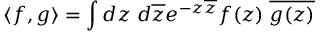
\langle f , g \rangle = \int d z \; d \overline { { { z } } } e ^ { - z \overline { { { z } } } } f ( z ) \; \overline { { { g ( z ) } } }